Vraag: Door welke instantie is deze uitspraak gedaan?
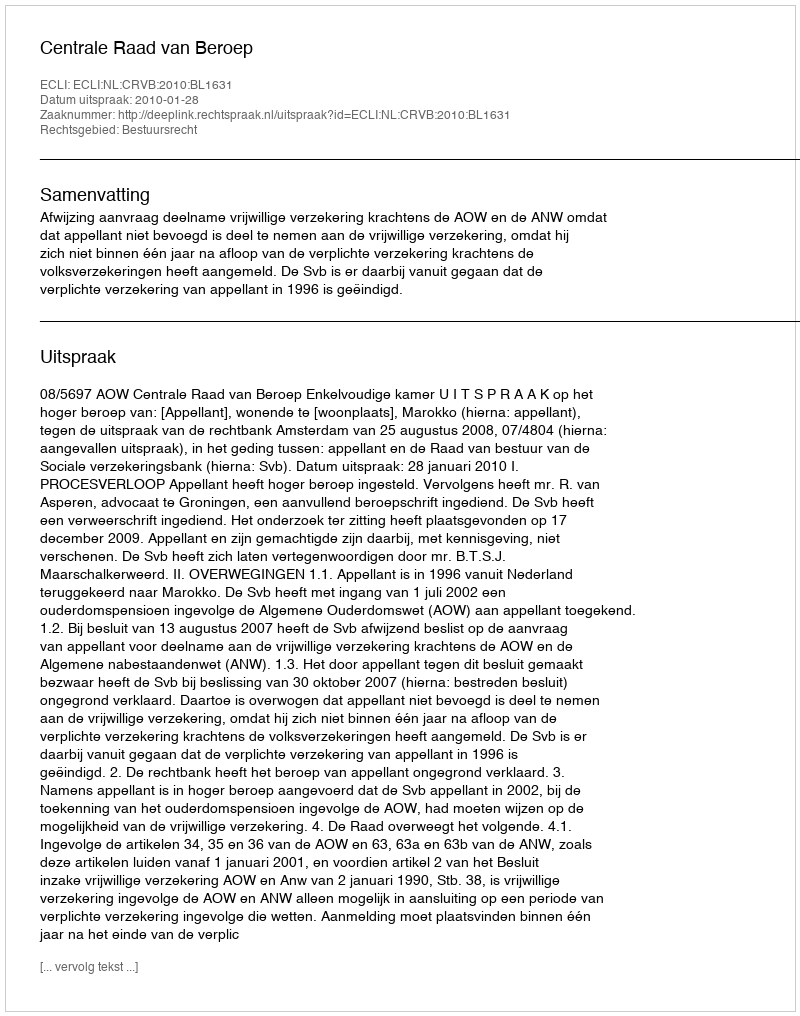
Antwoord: Centrale Raad van Beroep